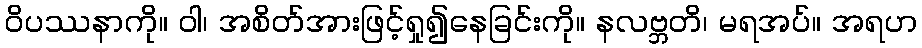
ဝိပဿနာကို။ ဝါ၊ အစိတ်အားဖြင့်ရှု၍နေခြင်းကို။ နလဗ္ဘတိ၊ မရအပ်။ အရဟ